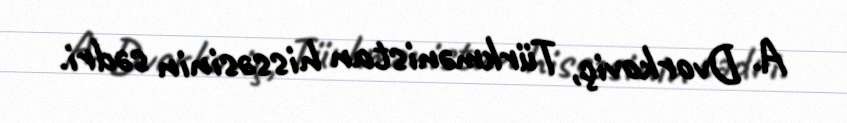
A. Dvorkoviç, Türkmənistan hissəsinin sədri.